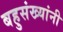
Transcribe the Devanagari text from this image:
बहुसंख्यांनी